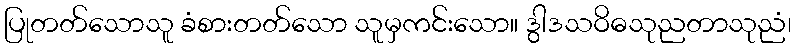
ပြုတတ်သောသူ ခံစားတတ်သော သူမှကင်းသော။ ဒွါဒသဝိဓသုညတာသုညံ၊